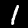
Digit: 1